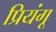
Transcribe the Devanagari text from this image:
प्रियंगू